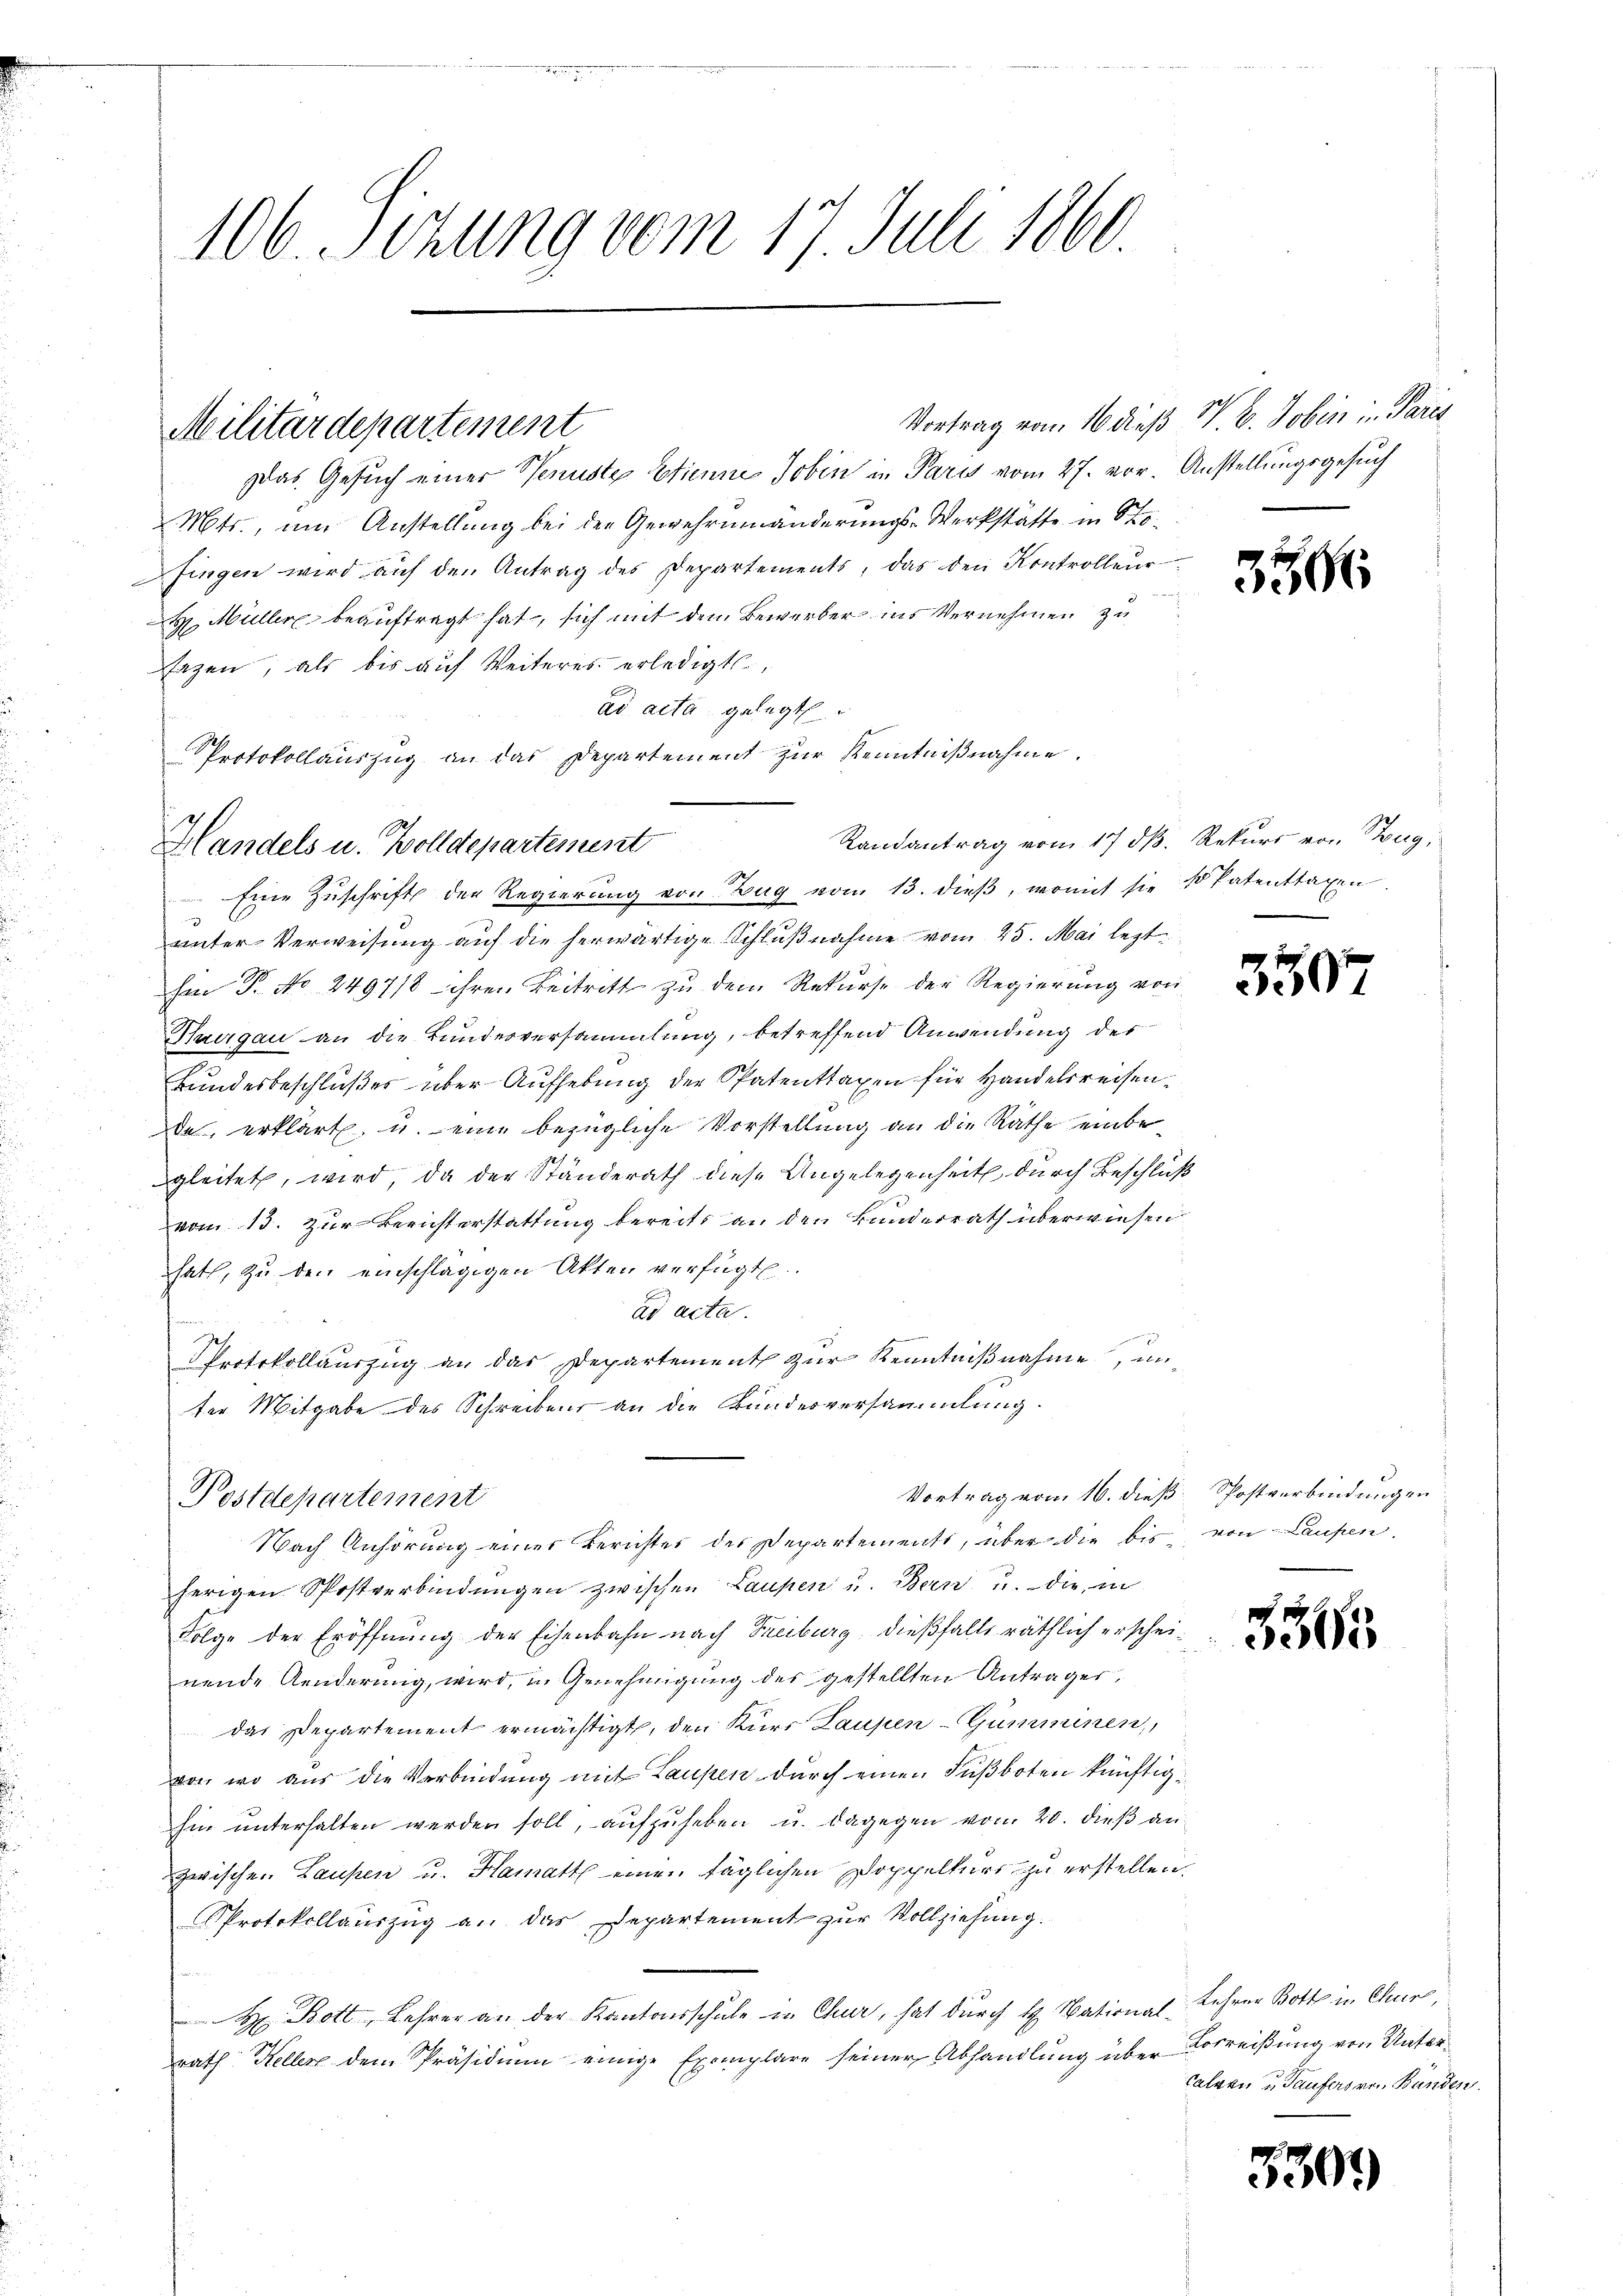
1
.
106. Sitzung vom 17. Juli 1860.

Militärdepartement

Das Gesuch einer Venuste Etienne Joben in Paris vom 27. vor. Anstellungsgesuch
Mts., um Anstellung bei den Gewehrnmänderungs-Werkstätte in Sto
fingen wird auf den Antrag des Departements, das den Kontrolleur
H. Müller beauftragt hat, sich mit dem Bewerber ins Vernehmen zu
azen, als bis auf Weiteres erledigt
ad acta gelegt
Randantrag vom 17. dβ. Rekurs von Zug,
e
unter Verweisung auf die herwärtige Schlußnahme vom 25. Mai lezt
hm P. No 2497/8 ihren Beitritt zu dem Rekurse der Regierung von
Haurgau an die Bundesversammlung, betreffend Anwendung des
Bundesbeschlußes über Aufhebung der Patenttaxen für Handelsreisen.
de erklärt u. eine bezügliche Vorstellung an die Räthe einbe
gleitet, wird da der Ständerath diese Angelegenheit durch Beschluß
vom 13. Zur Berichterstattung bereits an den Bunderrath überwiesen
hat, zu den einschlägigen Akten verfügt.
ad acta.
Protokollauszug an das Departement zur Kenntnißnahme, unter Mitgabe des Schreibens an die Bundesversammlung.
Vortrag vom 16. dieß Postverbindungen
Postdepartement
Nach Anhörung einer Berichter des Departements, über die bis von Laupen
herigen Spostverbindungen zwischen Laupen u. Bern u. die in
Folge der Eröffnung der Eisenbahn nach Treiburg, dießfalls räthlich erscheinende Aenderung, wird, in Genehmigung des gestellten Antrages,
das Departement ermächtigt, den Kurs Laupen-Gumminen,
von wo aus die Verbindung mit Laupen durch einen Fußboten künftighin unterhalten werden soll, aufzuheben u. dagegen von 20. dieß an
zwischen Laupen u. Hamatt einen täglichen Doppelkurs zu erstellen
Protokollauszug an das Departement zur Vollziehung.
 Bott, Lehrer an der Kantonsschule in Chur, hat durch H. National-Lehrer Bott in Chur,
rath Hellere dem Präsidium einige Exemplare seiner Abhandlung über Vorreißung von Unter-

Protokollauszug an das Departement zur Kenntniβnahme.
.
Handels u. wolldepartement
 Eine Zuschrift der Regierung von Zug vom 13. dieß, womit sie so Patentragen.

Vortrag vom 16 dieß W. B. Jobin in Pare

3506

359

3365

Calgen u. Taufers von Bunden.

3300